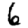
Digit: 6